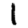
Digit: 1